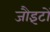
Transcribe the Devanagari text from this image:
जौइंटों